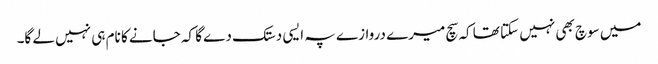
میں سوچ بھی نہیں سکتا تھا کہ سچ میرے دروازے پہ ایسی دستک دے گا کہ جانے کا نام ہی نہیں لے گا۔